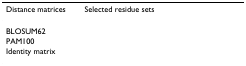
<table><thead><tr><td><b>Distance matrices</b></td><td><b>Selected residue sets</b></td></tr></thead><tbody><tr><td>BLOSUM62</td><td>[EMPTY_CELL]</td></tr><tr><td>PAM100</td><td>[EMPTY_CELL]</td></tr><tr><td>Identity matrix</td><td>[EMPTY_CELL]</td></tr></tbody></table>